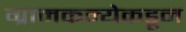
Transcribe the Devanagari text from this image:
ग्रामकन्येकडून